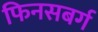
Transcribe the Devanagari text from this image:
फिनसबर्ग